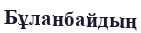
Бұланбайдың